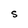
Character: S